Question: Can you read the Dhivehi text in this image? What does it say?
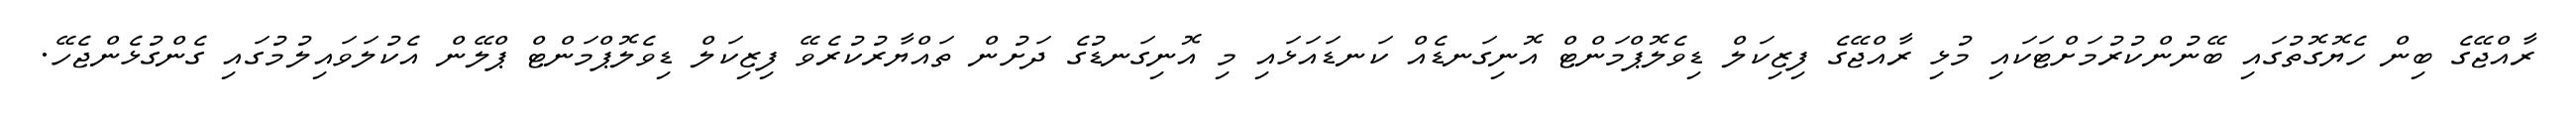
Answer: ރާއްޖޭގެ ބިން ހެޔޮގޮތުގައި ބޭނުންކުރުމަށްޓަކައި މުޅި ރާއްޖޭގެ ފިޒިކަލް ޑިވެލޮޕްމަންޓް އޮނިގަނޑެއް ކަނޑައަޅައި މި އޮނިގަނޑުގެ ދަށުން ތައްޔާރުކުރެވޭ ފިޒިކަލް ޑިވެލޮޕްމަންޓް ޕްލޭން އެކުލަވައިލުމުގައި ގެންގުޅެންޖެހޭ.